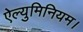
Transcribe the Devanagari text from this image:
ऐल्युमिनियम।